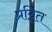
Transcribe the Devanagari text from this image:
प्रवृ़ित